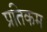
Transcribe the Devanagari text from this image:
प्रतिकम